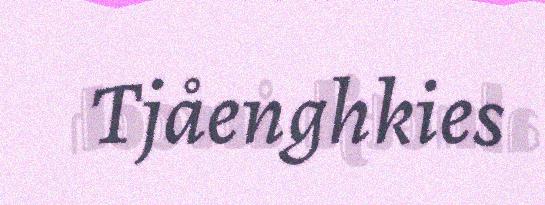
Tjåenghkies